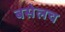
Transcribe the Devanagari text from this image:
बसेलच